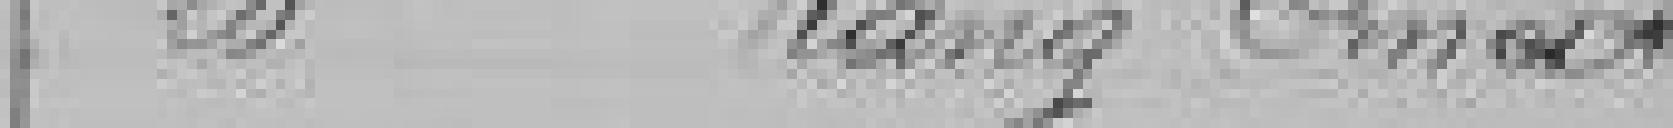
20 Rang Ernest